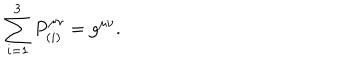
\sum _ { i = 1 } ^ { 3 } P _ { ( i ) } ^ { \mu \nu } = g ^ { \mu \nu } .